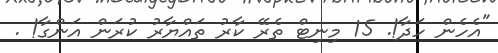
"އެހެން ހަދާ!. 15 މިނިޓް ތެރޭ ކާރު ތައްޔާރު ކުރަން އަންގާ! .